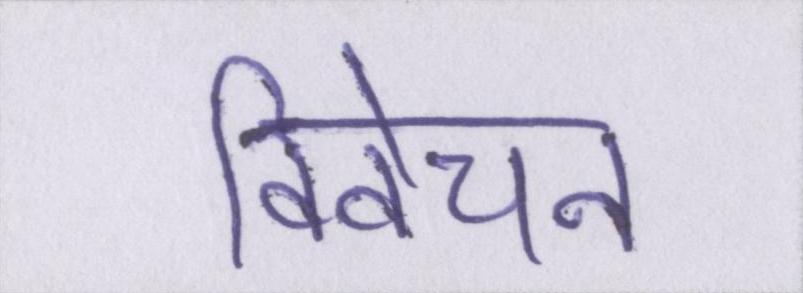
विवेचन